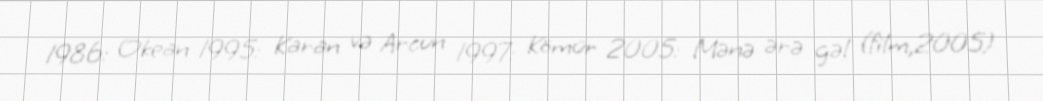
1986: Okean 1995: Karan və Arcun 1997: Kömür 2005: Mənə ərə gəl (film,2005)